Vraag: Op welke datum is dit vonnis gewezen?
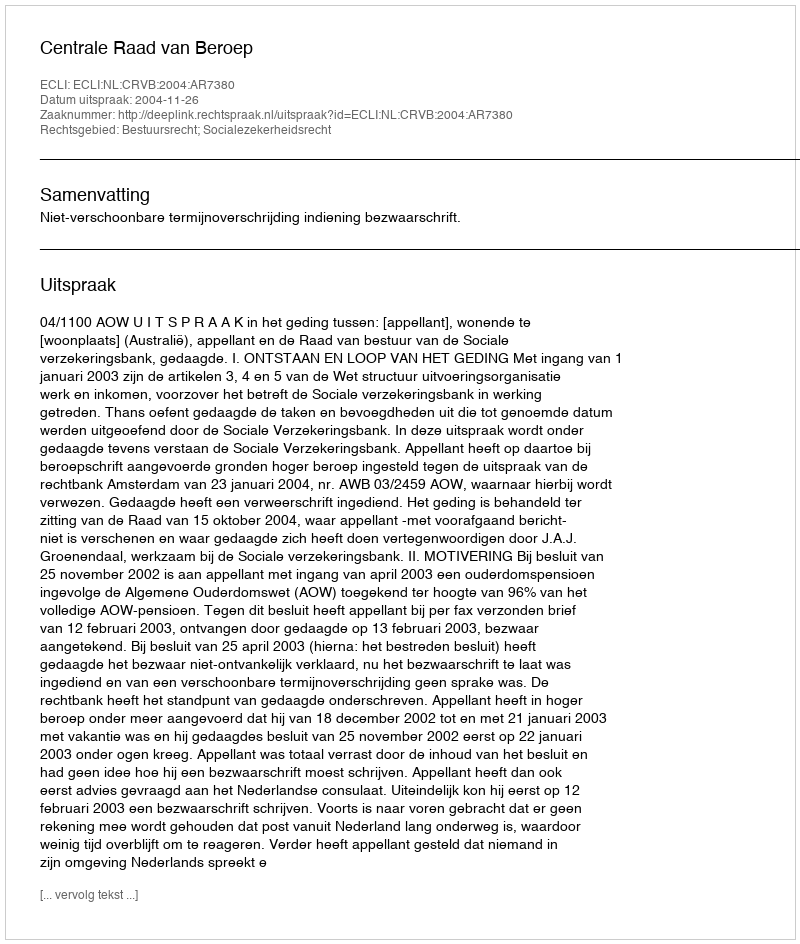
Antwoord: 2004-11-26